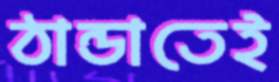
ঠান্ডাতেই